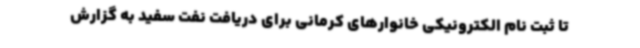
تا ثبت نام الکترونیکی خانوارهای کرمانی برای دریافت نفت سفید به گزارش